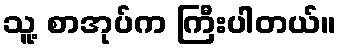
သူ့ စာအုပ်က ကြီးပါတယ်။